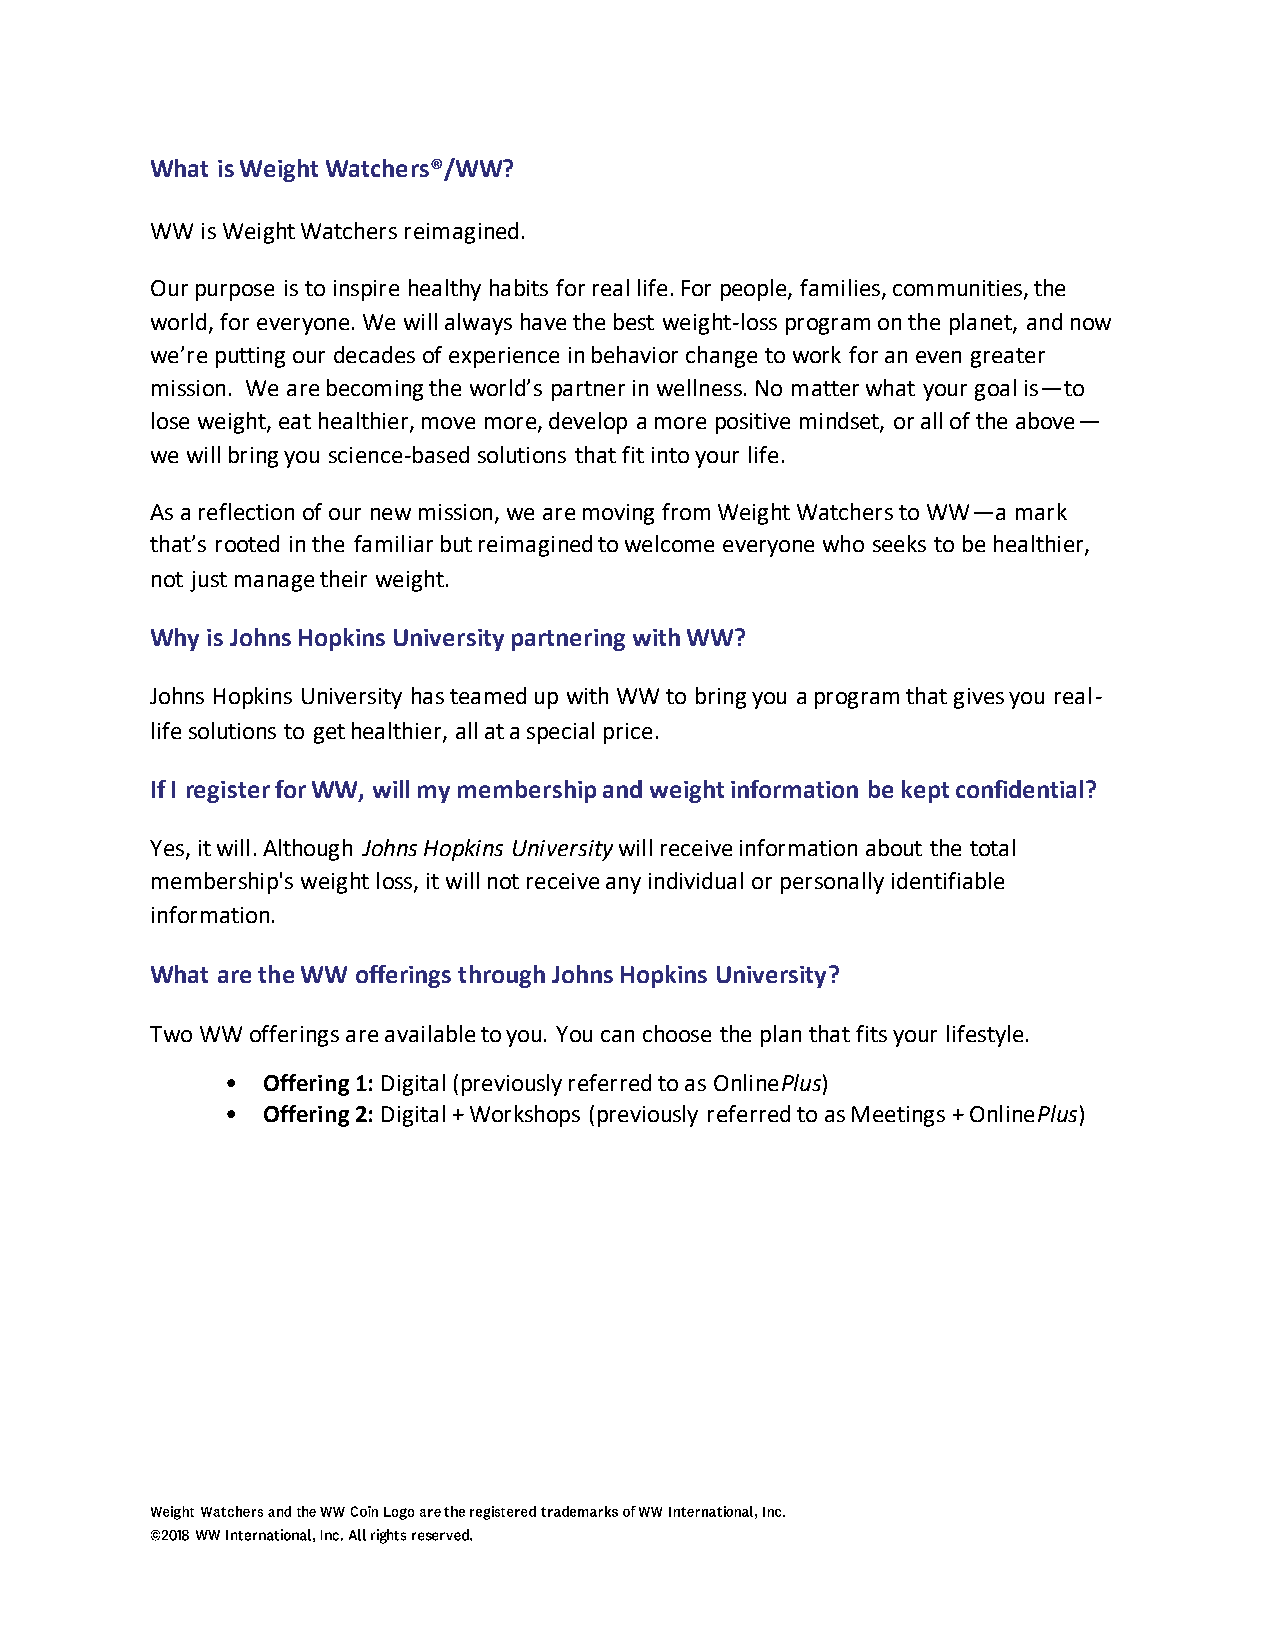
What is Weight Watchers®/WW?
 WW is Weight Watchers reimagined.
 Our purpose is to inspire healthy habits for real life. For people, families, communities, the
 world, for everyone. We will always have the best weight-loss program on the planet, and now
 we’re putting our decades of experience in behavior change to work for an even greater
 mission. We are becoming the world’s partner in wellness. No matter what your goal is—to
 lose weight, eat healthier, move more, develop a more positive mindset, or all of the above—
 we will bring you science-based solutions that fit into your life.
 As a reflection of our new mission, we are moving from Weight Watchers to WW—a mark
 that’s rooted in the familiar but reimagined to welcome everyone who seeks to be healthier,
 not just manage their weight.
 Why is Johns Hopkins University partnering with WW?
 Johns Hopkins University has teamed up with WW to bring you a program that gives you real-
 life solutions to get healthier, all at a special price.
 If I register for WW, will my membership and weight information be kept confidential?
 Yes, it will. Although Johns Hopkins University will receive information about the total
 membership's weight loss, it will not receive any individual or personally identifiable
 information.
 What are the WW offerings through Johns Hopkins University?
 Two WW offerings are available to you. You can choose the plan that fits your lifestyle.
 • Offering 1: Digital (previously referred to as OnlinePlus)
 • Offering 2: Digital + Workshops (previously referred to as Meetings + OnlinePlus)